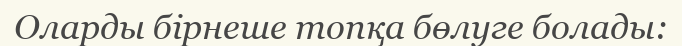
Оларды бірнеше топқа бөлуге болады: